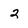
Character: 2